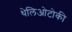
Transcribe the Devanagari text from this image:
थेलिओटोकी